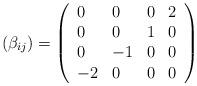
LaTeX: \begin{align*}\left(\beta_{ij}\right)=\left(\begin{array}{llll}0 & 0 & 0 & 2\\0 & 0 & 1 & 0\\0 & -1 & 0 & 0\\-2 & 0 & 0 & 0\end{array}\right)\end{align*}